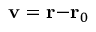
\mathbf { v = r - } \mathbf { r } _ { 0 }